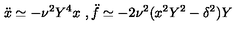
{ \ddot { x } } \simeq - \nu ^ { 2 } Y ^ { 4 } x \ , { \ddot { f } } \simeq - 2 \nu ^ { 2 } ( x ^ { 2 } Y ^ { 2 } - \delta ^ { 2 } ) Y